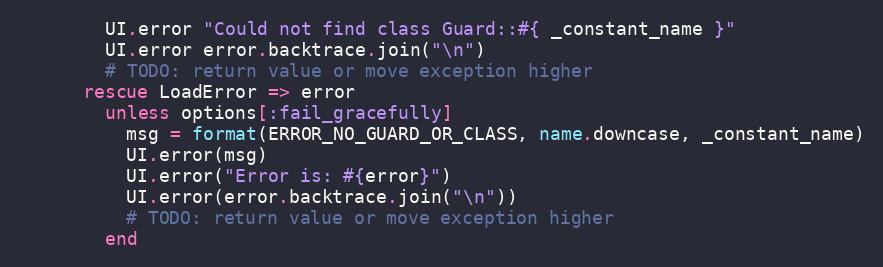
Language: Ruby
        UI.error "Could not find class Guard::#{ _constant_name }"
        UI.error error.backtrace.join("\n")
        # TODO: return value or move exception higher
      rescue LoadError => error
        unless options[:fail_gracefully]
          msg = format(ERROR_NO_GUARD_OR_CLASS, name.downcase, _constant_name)
          UI.error(msg)
          UI.error("Error is: #{error}")
          UI.error(error.backtrace.join("\n"))
          # TODO: return value or move exception higher
        end